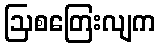
ဩစတြေးလျက